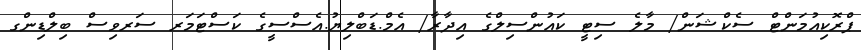
ޕްރޮކިއުމަންޓް ސެކްޝަން/ މާލެ ސިޓީ ކައުންސިލްގެ އިދާރާ/ އެމް.ޑަބްލިޔު.އެސްސީގެ ކަސްޓަމަރ ސަރވިސް ބިލްޑިންގ